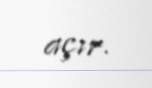
açır.